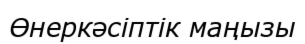
Өнеркәсіптік маңызы